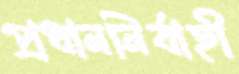
প্রধাননির্বাহী